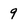
Character: 9